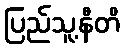
ပြည်သူ့နီတိ